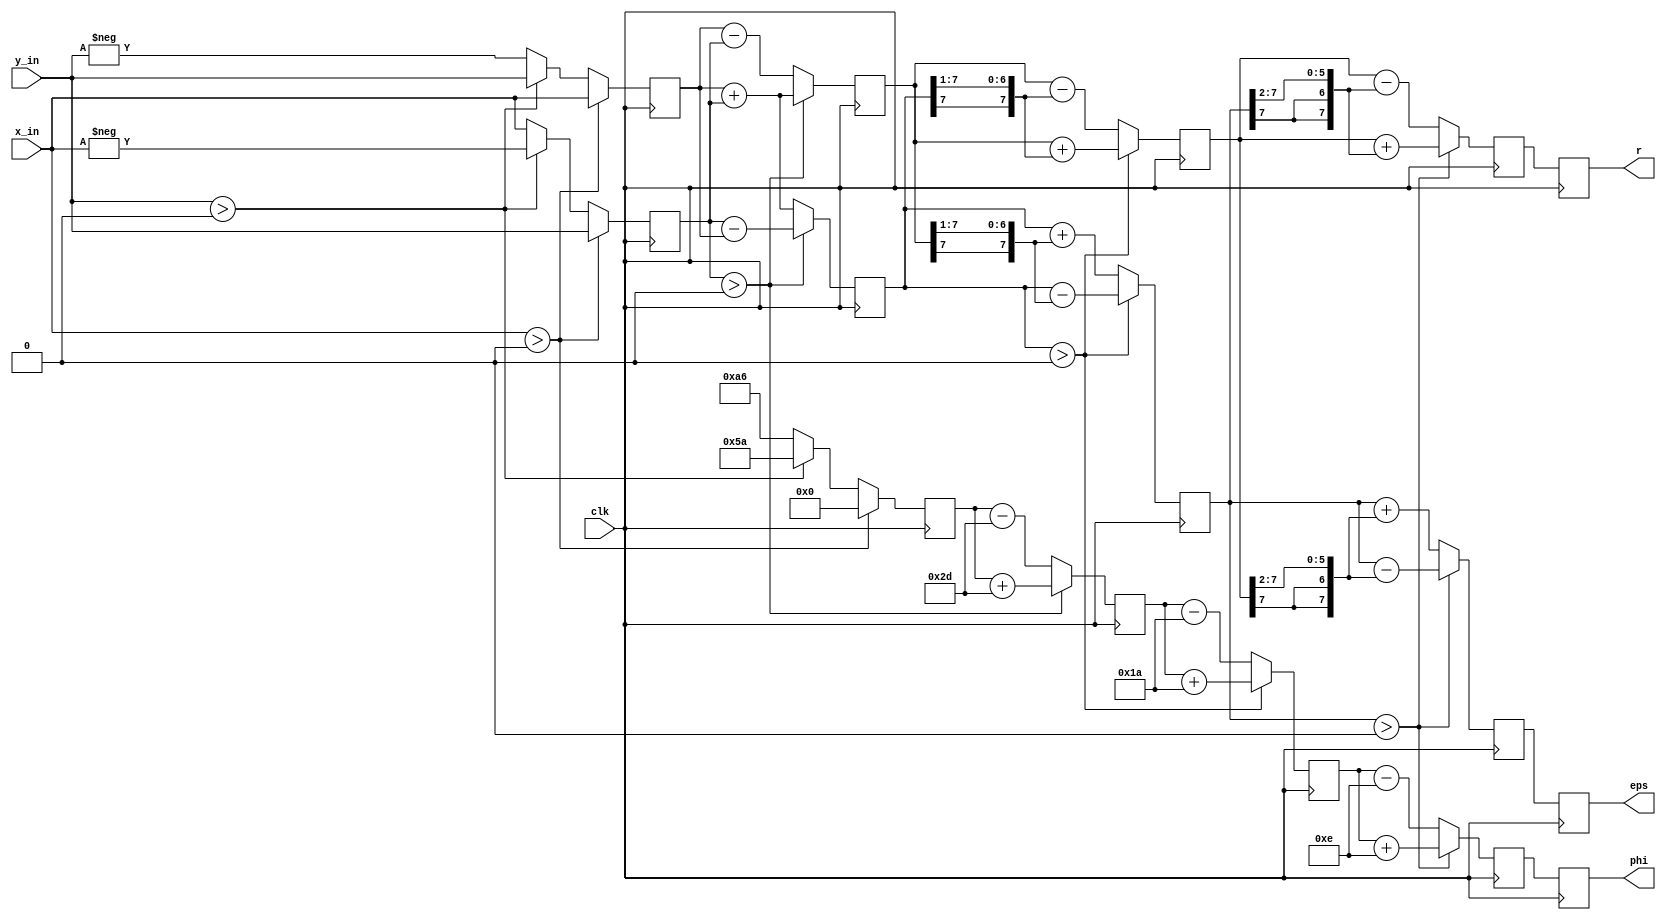
//*********************************************************
// IEEE STD 1364-1995 Verilog file: cordic.v 
// Author-EMAIL: Uwe.Meyer-Baese@ieee.org
//*********************************************************
module cordic (clk, x_in , y_in, r, phi, eps); 

  parameter W = 7;  // Bit width - 1
  input        clk;
  input  [W:0] x_in, y_in;
  output [W:0] r, phi, eps;
  reg    [W:0] r, phi, eps;

// There is no bit access in 2D array types 
// in Verilog, therefore use single vectors 
  reg [W:0] x0, y0, z0; 
  reg [W:0] x1, y1, z1; 
  reg [W:0] x2, y2, z2; 
  reg [W:0] x3, y3, z3; 
 
  always @(posedge clk) begin //----> Infer register
    if (x_in > 0)             // Test for x_in < 0 rotate
      begin                   // 0, +90, or -90 degrees
      x0 <= x_in; // Input in register 0
      y0 <= y_in;
      z0 <= 0;
      end
    else if (y_in > 0) 
      begin
      x0 <= y_in;
      y0 <= - x_in;
      z0 <= 90;
      end
    else
      begin
      x0 <= - y_in;
      y0 <= x_in;
      z0 <= -90;
      end

    if (y0 > 0)                 // Rotate 45 degrees
      begin
      x1 <= x0 + y0;
      y1 <= y0 - x0;
      z1 <= z0 + 45;
      end
    else
      begin
      x1 <= x0 - y0;
      y1 <= y0 + x0;
      z1 <= z0 - 45;
      end

    if (y1 > 0)                 // Rotate 26 degrees
      begin
      x2 <= x1 + {y1[W],y1[W:1]}; // i.e. x1 + y1 /2
      y2 <= y1 - {x1[W],x1[W:1]}; // i.e. y1 - x1 /2
      z2 <= z1 + 26;
      end
    else
      begin
      x2 <= x1 - {y1[W],y1[W:1]}; // i.e. x1 - y1 /2
      y2 <= y1 + {x1[W],x1[W:1]}; // i.e. y1 + x1 /2
      z2 <= z1 - 26;
      end

    if (y2 > 0)                        // Rotate 14 degrees
      begin
        x3 <= x2 + {y2[W],y2[W],y2[W:2]}; // i.e. x2 + y2/4
        y3 <= y2 - {x2[W],x2[W],x2[W:2]}; // i.e. y2 - x2/4
        z3 <= z2 + 14;
      end
    else
      begin
        x3 <= x2 - {y2[W],y2[W],y2[W:2]}; // i.e. x2 - y2/4
        y3 <= y2 + {x2[W],x2[W],x2[W:2]}; // i.e. y2 + x2/4
        z3 <= z2 - 14;
      end

    r   <= x3;
    phi <= z3;
    eps <= y3;
  end                

endmodule